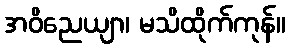
အဝိညေယျာ၊ မသိထိုက်ကုန်။